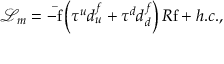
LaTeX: \mathcal { L } _ { m } = - \mathrm { \bar { f } } \left( \tau ^ { u } d _ { u } ^ { f } + \tau ^ { d } d _ { d } ^ { f } \right) R \mathrm { f } + h . c . ,